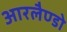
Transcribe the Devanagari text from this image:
आरलैण्डो